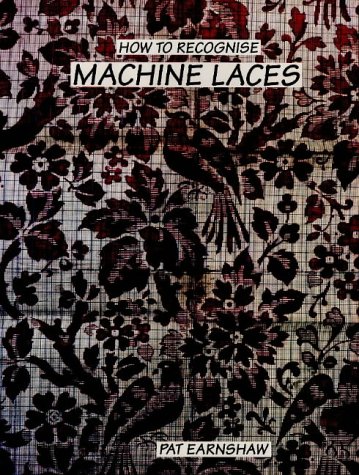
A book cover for How to Recognize Machine Laces; Pat Earnshaw; Crafts, Hobbies & Home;